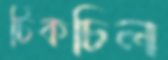
টিকচিল